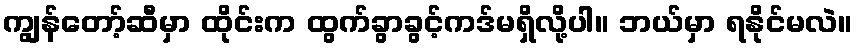
ကျွန်တော့်ဆီမှာ ထိုင်းက ထွက်ခွာခွင့်ကဒ်မရှိလို့ပါ။ ဘယ်မှာ ရနိုင်မလဲ။